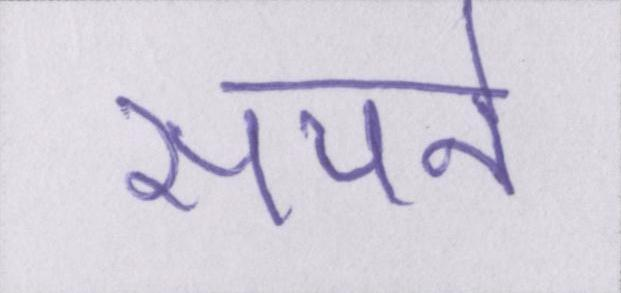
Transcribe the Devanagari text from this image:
सपने